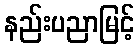
နည်းပညာမြင့်